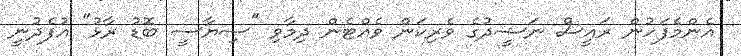
އެންމެފަހުން ރައީސް ނަޝީދުގެ ވެރިކަން ވެއްޓެން ދިމާވި "ސިޔާސީ ބޮޑު ރާޅު" އުފެދުނީ